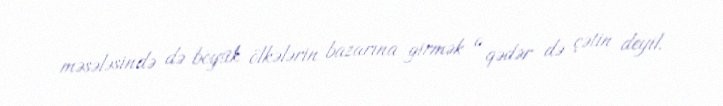
məsələsində də böyük ölkələrin bazarına girmək o qədər də çətin deyil.